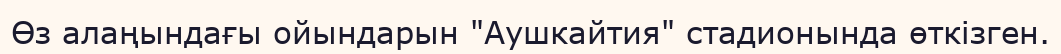
Өз алаңындағы ойындарын "Аушкайтия" стадионында өткізген.